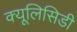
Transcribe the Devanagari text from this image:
क्यूलिसिडी